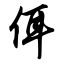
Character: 佴